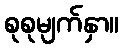
စုစုမျက်နှာ။